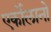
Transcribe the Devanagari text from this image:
एर्कोलानो